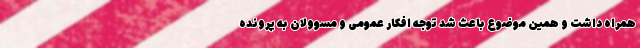
‌همراه داشت و همین موضوع باعث شد توجه افکار عمومی و مسوولان به پرونده